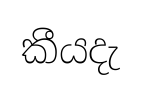
කීයදැ